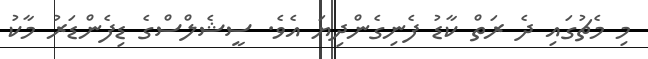
މި މެޗުގައި ދެ ރަތް ކާޑު ފެނިގެންދިޔަ އެވެ. ސީޝެލްސްގެ ޑިފެންޑަރު މާކު